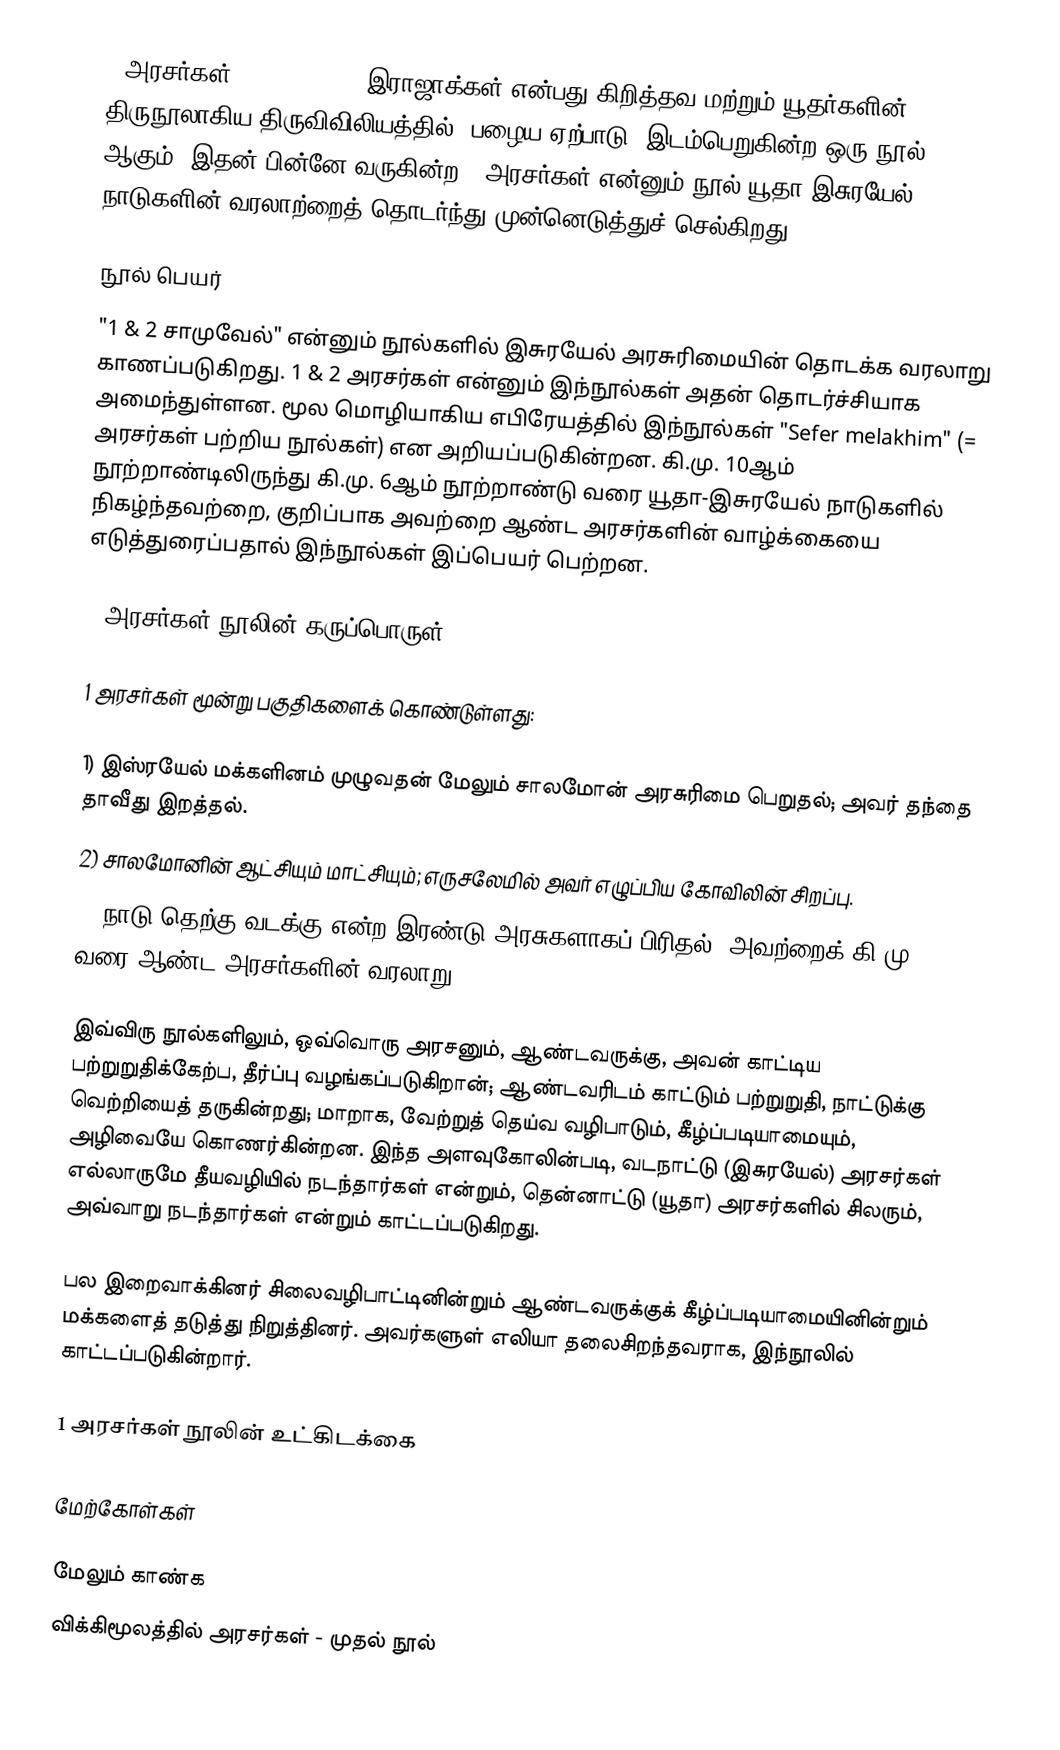
1 அரசர்கள் (1 Kings) / 1 இராஜாக்கள் என்பது கிறித்தவ மற்றும் யூதர்களின் திருநூலாகிய திருவிவிலியத்தில் (பழைய ஏற்பாடு) இடம்பெறுகின்ற ஒரு நூல் ஆகும். இதன் பின்னே வருகின்ற 2 அரசர்கள் என்னும் நூல் யூதா-இசுரயேல் நாடுகளின் வரலாற்றைத் தொடர்ந்து முன்னெடுத்துச் செல்கிறது.

நூல் பெயர்
"1 & 2 சாமுவேல்" என்னும் நூல்களில் இசுரயேல் அரசுரிமையின் தொடக்க வரலாறு காணப்படுகிறது. 1 & 2 அரசர்கள் என்னும் இந்நூல்கள் அதன் தொடர்ச்சியாக அமைந்துள்ளன. மூல மொழியாகிய எபிரேயத்தில் இந்நூல்கள் "Sefer melakhim" (= அரசர்கள் பற்றிய நூல்கள்) என அறியப்படுகின்றன. கி.மு. 10ஆம் நூற்றாண்டிலிருந்து கி.மு. 6ஆம் நூற்றாண்டு வரை யூதா-இசுரயேல் நாடுகளில் நிகழ்ந்தவற்றை, குறிப்பாக அவற்றை ஆண்ட அரசர்களின் வாழ்க்கையை எடுத்துரைப்பதால் இந்நூல்கள் இப்பெயர் பெற்றன.

1 அரசர்கள் நூலின் கருப்பொருள்

1 அரசர்கள் மூன்று பகுதிகளைக் கொண்டுள்ளது:

1) இஸ்ரயேல் மக்களினம் முழுவதன் மேலும் சாலமோன் அரசுரிமை பெறுதல்; அவர் தந்தை தாவீது இறத்தல்.
2) சாலமோனின் ஆட்சியும் மாட்சியும்; எருசலேமில் அவர் எழுப்பிய கோவிலின் சிறப்பு.
3) நாடு தெற்கு வடக்கு என்ற இரண்டு அரசுகளாகப் பிரிதல்; அவற்றைக் கி.மு. 850 வரை ஆண்ட அரசர்களின் வரலாறு.

இவ்விரு நூல்களிலும், ஒவ்வொரு அரசனும், ஆண்டவருக்கு, அவன் காட்டிய பற்றுறுதிக்கேற்ப, தீர்ப்பு வழங்கப்படுகிறான்; ஆண்டவரிடம் காட்டும் பற்றுறுதி, நாட்டுக்கு வெற்றியைத் தருகின்றது; மாறாக, வேற்றுத் தெய்வ வழிபாடும், கீழ்ப்படியாமையும், அழிவையே கொணர்கின்றன. இந்த அளவுகோலின்படி, வடநாட்டு (இசுரயேல்) அரசர்கள் எல்லாருமே தீயவழியில் நடந்தார்கள் என்றும், தென்னாட்டு (யூதா) அரசர்களில் சிலரும், அவ்வாறு நடந்தார்கள் என்றும் காட்டப்படுகிறது.

பல இறைவாக்கினர் சிலைவழிபாட்டினின்றும் ஆண்டவருக்குக் கீழ்ப்படியாமையினின்றும் மக்களைத் தடுத்து நிறுத்தினர். அவர்களுள் எலியா தலைசிறந்தவராக, இந்நூலில் காட்டப்படுகின்றார்.

1 அரசர்கள் நூலின் உட்கிடக்கை

மேற்கோள்கள்

மேலும் காண்க
விக்கிமூலத்தில் அரசர்கள் - முதல் நூல்